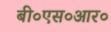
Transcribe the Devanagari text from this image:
बी०एस०आर०